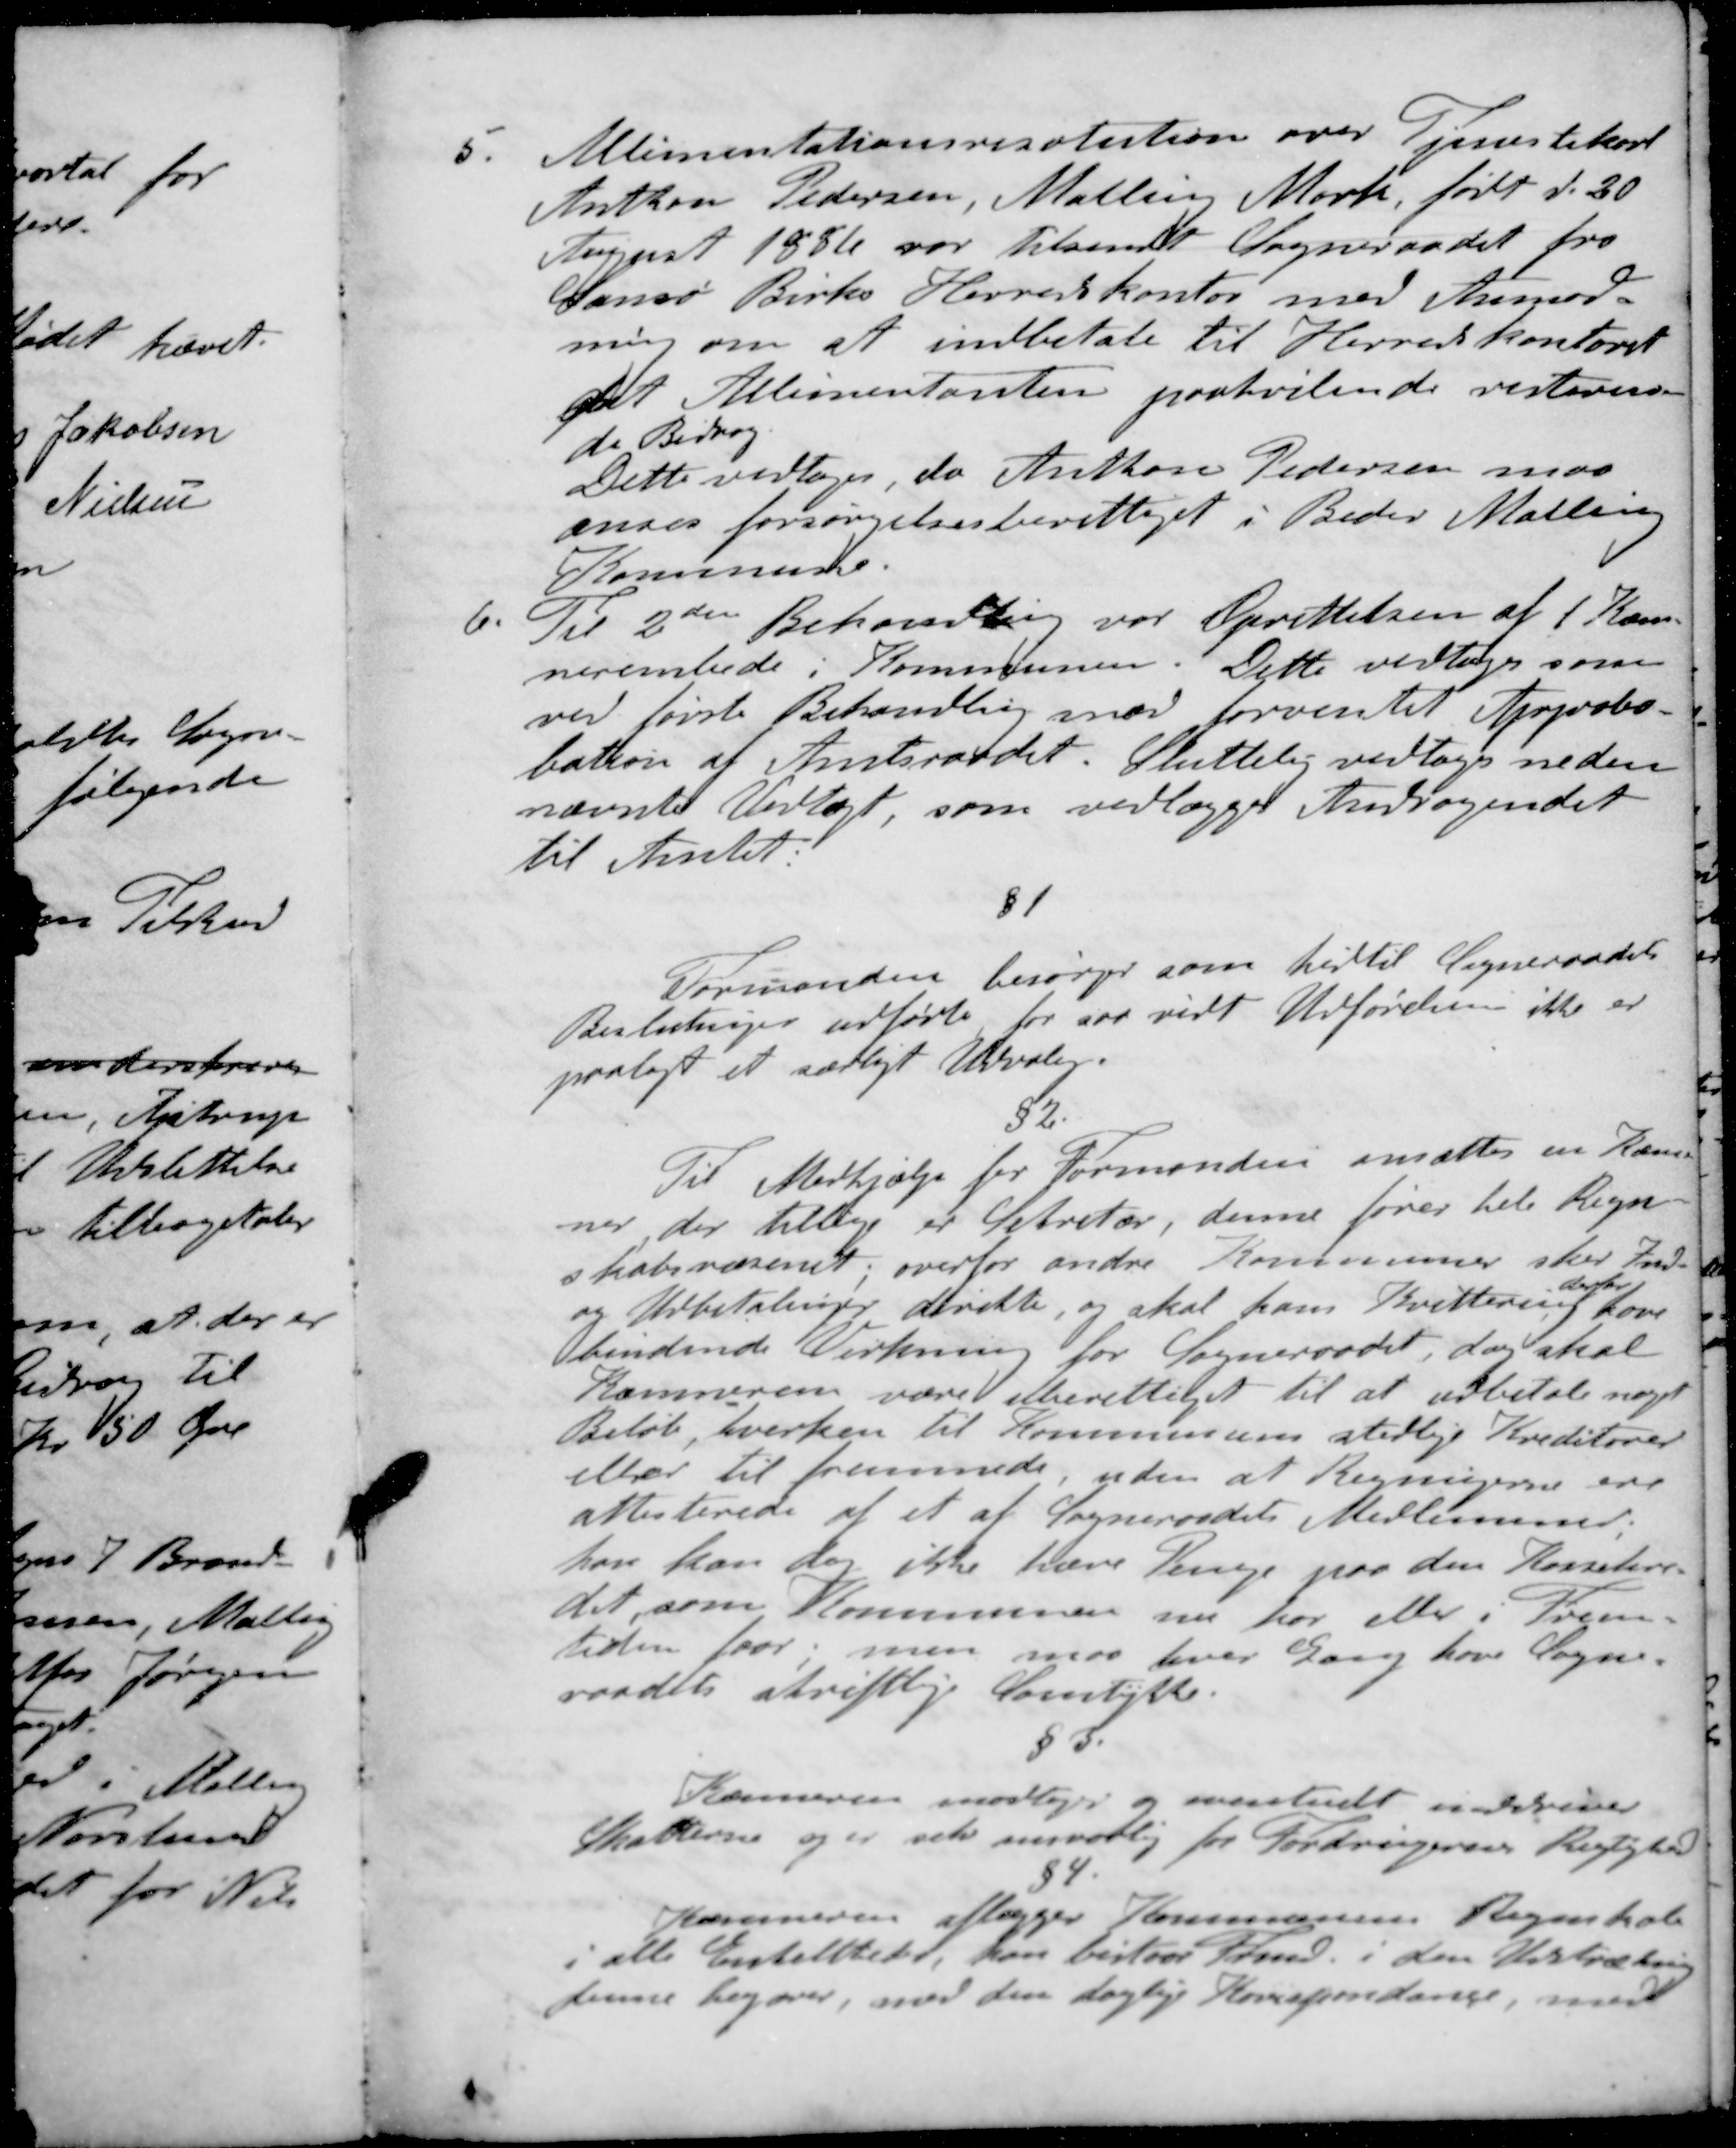
Transskription:
5. Alimentationsresolution over Tjenestekarl
Anthon Pedersen, Malling Mark født d. 20
August 1886 var tilsendt Sogneraadet fra
Samsø Birks Herredskontor med Anmod-
ning om at indbetale til Herredskontoret
det Alimentanten paahvilende resteren-
de Bidrag
Dette vedtoges, da Anthon Pedersen maa
anses forsørgelsesberettiget i Beder Malling
Kommune.
6. Til 2den Behandling var Oprettelsen af 1 Kæm-
nerembede i Kommunen. Dette vedtoges som
ved første Behandling med forventet Approbo-
bation af Amtsraadet. Sluttelig vedtoges neden
nævnte Vedtægt, som vedlægger Andragendet
til Amtet.
§1
Formanden besørger som hedtil Sogneraadets
Beslutninger udførte for var vidt Udførelsen ikke er
paalagt et særligt Udvalg.
§2
Til Medhjælp for Formanden ansættes en Kæm-
ner der tillige er Sekretær, denne fører hele Regn-
skabsvæsenet, overfor andre Kommuner sker Ind-
derfor
og Udbetalinger direkte og skal hans Kvittering have
bindende Virkning for Sogneraadet, dog skal
kæmneren være uberettiget til at udbetale noget
Beløb, hverken til Kommunens stedlige Kreditorer
eller til fremmede, uden at Regningerne ere
attesterede af et at Sogneraadets Medlemmer.
han kan dog ikke hæve Penge paa den Kassekre-
dit, som Kommunen nu har eller i Frem-
tiden faar, men maa hver Gang have Sogne-
raadets skriftlige Samtykke.
§3
Kæmneren modtager og eventuelt inddriver
Skatterne og er selv ansvarlig for Fordrigernes Rigtighed
§4
Kæmneren aflægger Kommunens Regnskab
i alle Enkeltheder, han bistaar Fmd. i den Udstrækning
denne begærer, med den daglige Korrespondance med